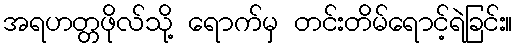
အရဟတ္တဖိုလ်သို့ ရောက်မှ တင်းတိမ်ရောင့်ရဲခြင်း။